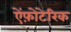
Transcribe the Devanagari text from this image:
ऐंफ़ोटेरिक